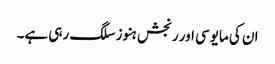
ان کی مایوسی اور رنجش ہنوز سلگ رہی ہے۔